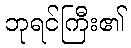
ဘုရင်ကြီး၏